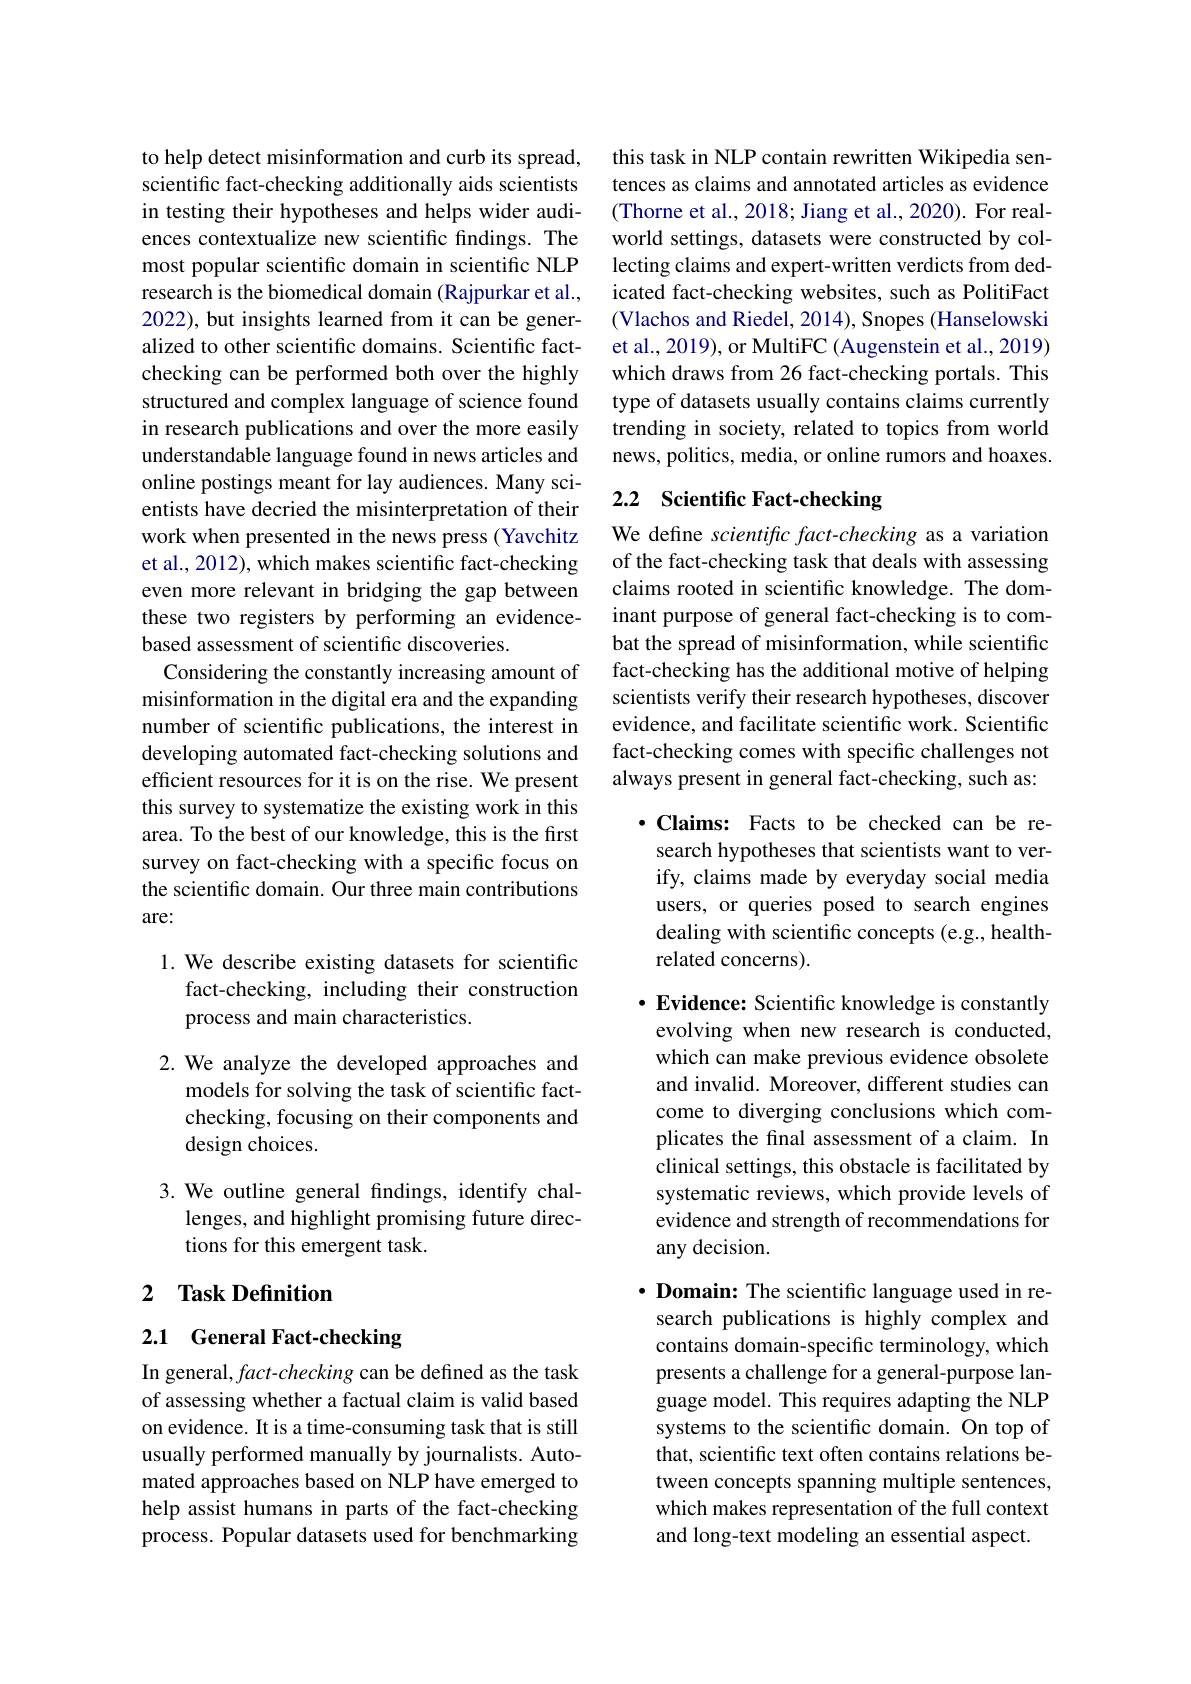
to help detect misinformation and curb its spread, scientific fact-checking additionally aids scientists in testing their hypotheses and helps wider audiences contextualize new scientific findings. The most popular scientific domain in scientific NLP research is the biomedical domain (Rajpurkar et al., 2022), but insights learned from it can be generalized to other scientific domains. Scientific factchecking can be performed both over the highly structured and complex language of science found in research publications and over the more easily understandable language found in news articles and online postings meant for lay audiences. Many scientists have decried the misinterpretation of their work when presented in the news press (Yavchitz et al., 2012), which makes scientific fact-checking even more relevant in bridging the gap between these two registers by performing an evidencebased assessment of scientific discoveries.
Considering the constantly increasing amount of misinformation in the digital era and the expanding number of scientific publications, the interest in developing automated fact-checking solutions and efficient resources for it is on the rise. We present this survey to systematize the existing work in this area. To the best of our knowledge, this is the first survey on fact-checking with a specific focus on the scientific domain. Our three main contributions are:

1. We describe existing datasets for scientific
fact-checking, including their construction
process and main characteristics.

2. We analyze the developed approaches and
models for solving the task of scientific factchecking, focusing on their components and design choices.

3. We outline general findings, identify chal-
lenges, and highlight promising future direc-
tions for this emergent task.

## 2 Task Definition

## 2.1 General Fact-checking

In general, fact-checking can be defined as the task of assessing whether a factual claim is valid based on evidence. It is a time-consuming task that is still usually performed manually by journalists. Automated approaches based on NLP have emerged to help assist humans in parts of the fact-checking process. Popular datasets used for benchmarking

this task in NLP contain rewritten Wikipedia sentences as claims and annotated articles as evidence (Thorne et al., 2018; Jiang et al., 2020). For realworld settings, datasets were constructed by collecting claims and expert-written verdicts from dedicated fact-checking websites, such as PolitiFact (Vlachos and Riedel, 2014), Snopes (Hanselowski et al., 2019), or MultiFC (Augenstein et al., 2019) which draws from 26 fact-checking portals. This type of datasets usually contains claims currently trending in society, related to topics from world news, politics, media, or online rumors and hoaxes.

# 2.2 Scientific Fact-checking

We define scientific fact-checking as a variation of the fact-checking task that deals with assessing claims rooted in scientific knowledge. The dominant purpose of general fact-checking is to combat the spread of misinformation, while scientific fact-checking has the additional motive of helping scientists verify their research hypotheses, discover evidence, and facilitate scientific work. Scientific fact-checking comes with specific challenges not always present in general fact-checking, such as:

$\cdot$ Claims: Facts to be checked can be re-
search hypotheses that scientists want to verify, claims made by everyday social media users, or queries posed to search engines dealing with scientific concepts (e.g., healthrelated concerns).

· Evidence: Scientific knowledge is constantly evolving when new research is conducted, which can make previous evidence obsolete and invalid. Moreover, different studies can come to diverging conclusions which complicates the final assessment of a claim. In clinical settings, this obstacle is facilitated by systematic reviews, which provide levels of evidence and strength of recommendations for any decision.

$\cdot \textbf{Domain: The scientific language used in re- }$ search publications is highly complex and contains domain-specific terminology, which presents a challenge for a general-purpose language model. This requires adapting the NLP systems to the scientific domain. On top of that, scientific text often contains relations between concepts spanning multiple sentences, which makes representation of the full context and long-text modeling an essential aspect.